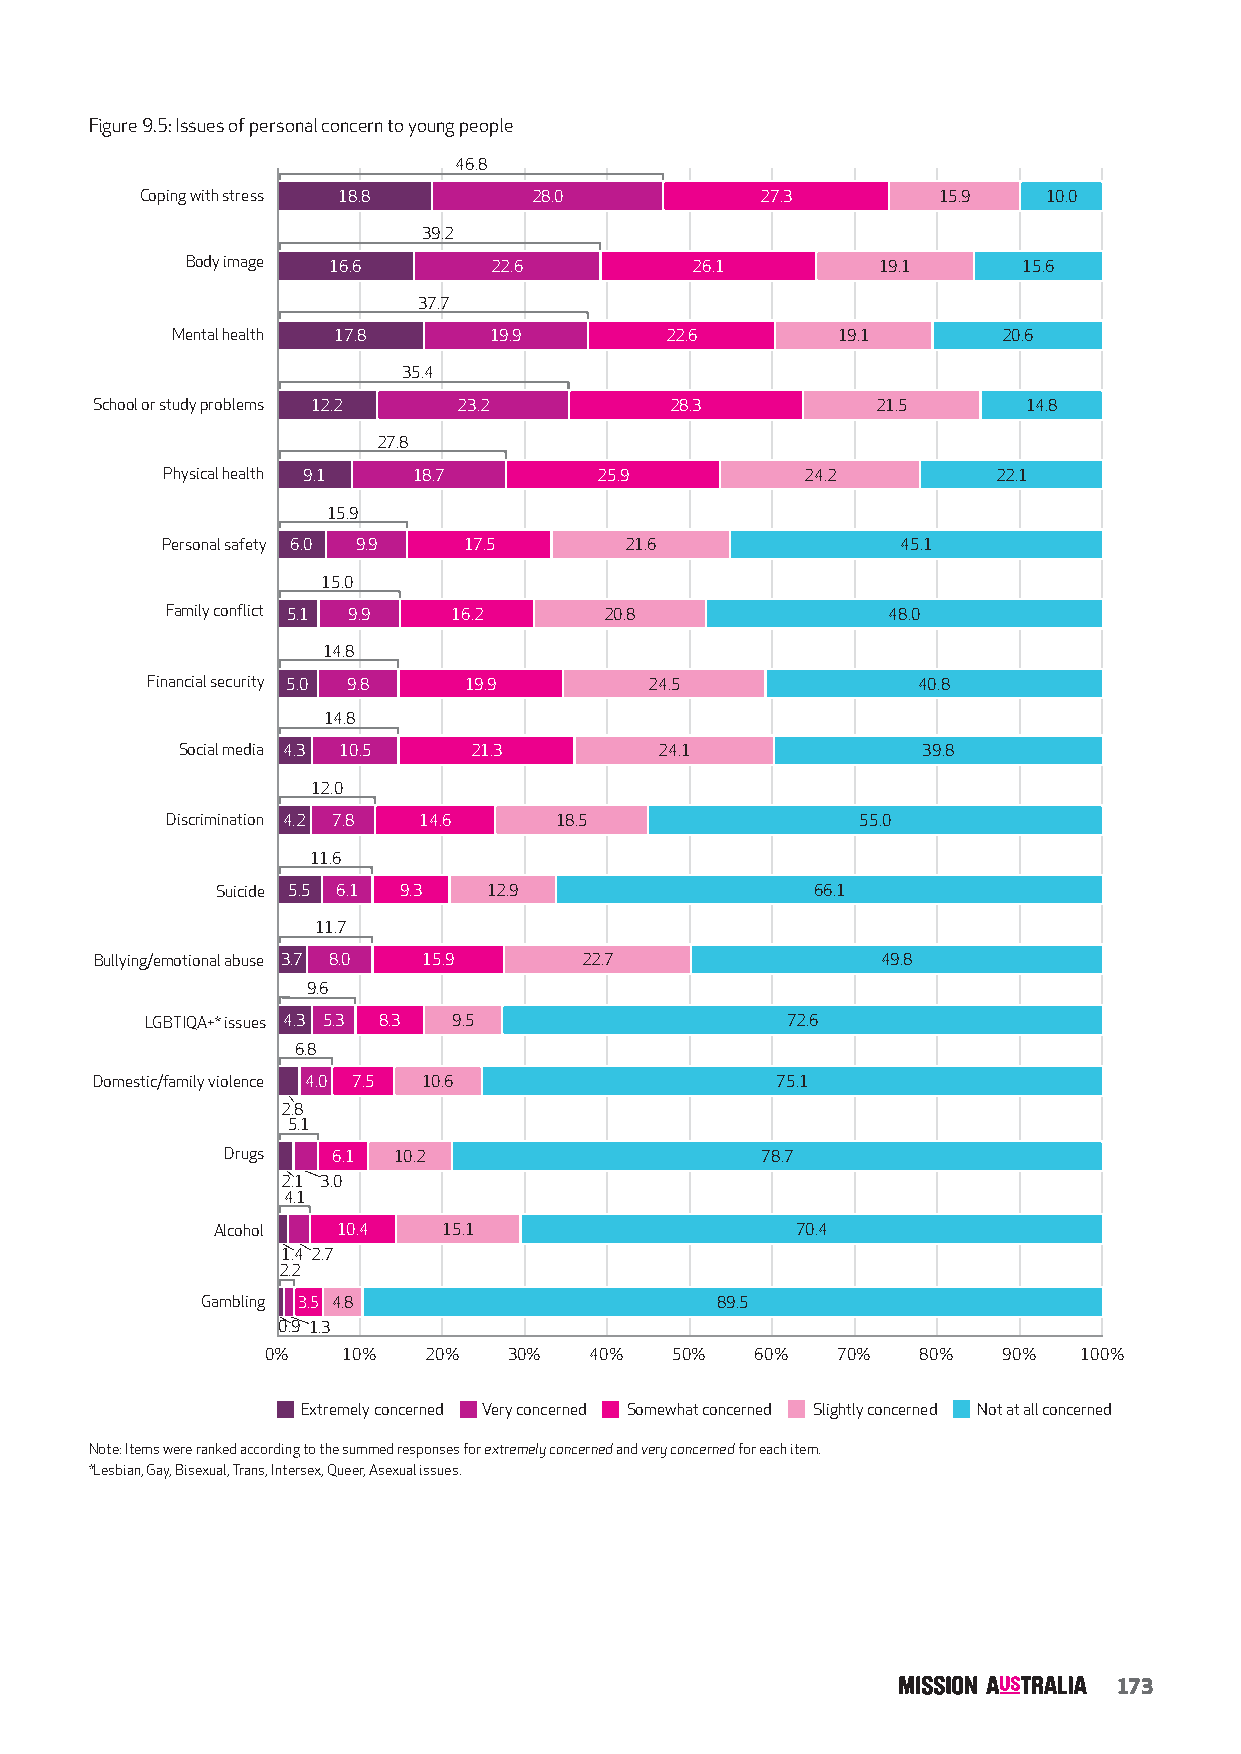
Figure 9.5: Issues of personal concern to young people
 46.8
 Coping with stress 18.8   28.0           27.3        15.9   10.0
 39.2
 Body image 16.6      22.6         26.1        19.1      15.6
 37.7
 Mental health 17.8   19.9        22.6       19.1       20.6
 35.4
 School or study problems 12.2 23.2    28.3          21.5      14.8
 27.8
 Physical health 9.1 18.7     25.9         24.2         22.1
 15.9
 Personal safety 6.0 9.9 17.5  21.6               45.1
 15.0
 Family conflict 5.1 9.9 16.2 20.8               48.0
 14.8
 Financial security 5.0 9.8 19.9  24.5              40.8
 14.8
 Social media 4.3 10.5 21.3      24.1             39.8
 12.0
 Discrimination 4.2 7.8 14.6 18.5              55.0
 11.6
 Suicide 5.5 6.1 9.3 12.9                66.1
 11.7
 Bullying/emotional abuse 3.7 8.0 15.9 22.7          49.8
 9.6
 LGBTIQA+* issues 4.3 5.3 8.3 9.5          72.6
 6.8
 Domestic/family violence 4.0 7.5 10.6        75.1
 2.8
 5.1
 Drugs  6.1 10.2                    78.7
 2.1 3.0
 4.1
 Alcohol 10.4   15.1                    70.4
 1.4 2.7
 2.2
 Gambling 3.5 4.8                  89.5
 0.9 1.3
 0%   10%  20%   30%  40%   50%  60%  70%   80%  90%  100%
 Extremely concerned Very concerned Somewhat concerned Slightly concerned Not at all concerned
 Note: Items were ranked according to the summed responses for extremely concerned and very concerned for each item.
 *Lesbian, Gay, Bisexual, Trans, Intersex, Queer, Asexual issues.
 173